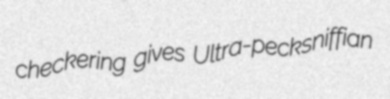
checkering gives Ultra-pecksniffian